Report on vaccination in Madras 1904-1921 - 1904-1921
Year: 1904
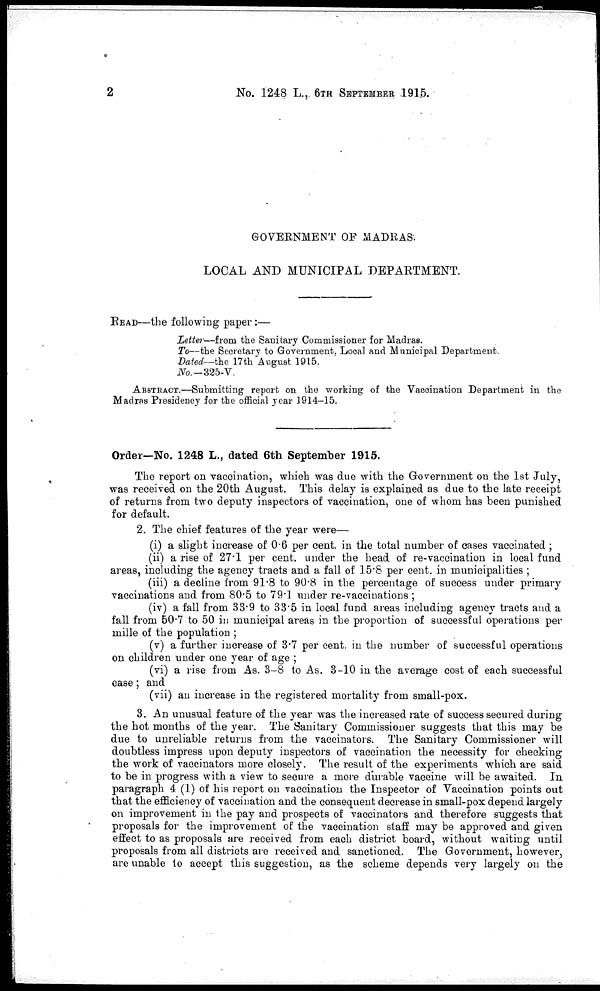
2
No. 1248 L., 6TH SEPTEMBER 1915.
GOVERNMENT OF MADRAS.
LOCAL AND MUNICIPAL DEPARTMENT.
READ—the following paper:—
Letter—from the Sanitary Commissioner for Madras.
To—the Secretary to Government, Local and Municipal Department.
Dated—the 17th August 1915.
No. —325-V.
ABSTRACT.—Submitting report on the working of the Vaccination Department in the
Madras Presidency for the official year 1914-15.
Order—No. 1248 L., dated 6th September 1915.
The report on vaccination, which was due with the Government on the 1st July,
was received on the 20th August. This delay is explained as due to the late receipt
of returns from two deputy inspectors of vaccination, one of whom has been punished
for default.
2. The chief features of the year were—
(i) a slight increase of 0.6 per cent. in the total number of cases vaccinated ;
(ii) a rise of 27.1 per cent. under the head of re-vaccination in local fund
areas, including the agency tracts and a fall of 15.8 per cent. in municipalities ;
(iii) a decline from 91.8 to 90.8 in the percentage of success under primary
vaccinations and from 80.5 to 79.1 under re-vaccinations ;
(iv) a fall from 33.9 to 33.5 in local fund areas including agency tracts and a
fall from 50.7 to 50 in municipal areas in the proportion of successful operations per
mille of the population ;
(v) a further increase of 3.7 per cent. in the number of successful operations
on children under one year of age ;
(vi) a rise from As. 3-8 to As. 3-10 in the average cost of each successful
case; and
(vii) an increase in the registered mortality from small-pox:.
3. An unusual feature of the year was the increased rate of success secured during
the hot months of the year. The Sanitary Commissioner suggests that this may be
due to unreliable returns from the vaccinators. The Sanitary Commissioner will
doubtless impress upon deputy inspectors of vaccination the necessity for checking
the work of vaccinators more closely. The result of the experiments which are said
to be in progress with a view to secure a more durable vaccine will be awaited. In
paragraph 4 (1) of his report on vaccination the Inspector of Vaccination points out
that the efficiency of vaccination and the consequent decrease in small-pox depend largely
on improvement in the pay and prospects of vaccinators and therefore suggests that
proposals for the improvement of the vaccination staff may be approved and given
effect to as proposals are received from each district board, without waiting until
proposals from all districts are received and sanctioned. The Government, however,
are unable to accept this suggestion, as the scheme depends very largely on the